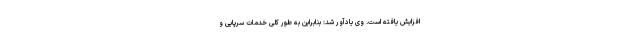
افزایش یافته است. وی یادآور شد: بنابراین به طور کلی خدمات سرپایی و